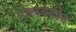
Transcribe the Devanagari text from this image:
अंतरवर्तीय